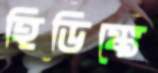
হিডিঙ্কে